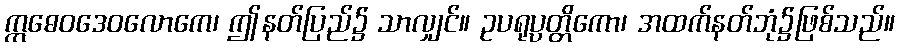
ဣဓေဝဒေဝလောကေ၊ ဤနတ်ပြည်၌ သာလျှင်။ ဥပရုပ္ပတ္တိကော၊ အထက်နတ်ဘုံ၌ဖြစ်သည်။